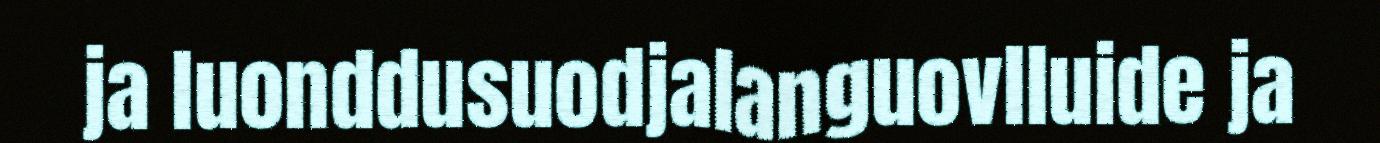
ja luonddusuodjalanguovlluide ja